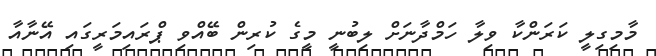
މާމިގިލީ ކަރަންކާ ވިލާ ހަމްދާނަށް ލިބުނީ މީގެ ކުރިން ބޭއްވި ޕްރައިމަރީގައި އޭނާއާ